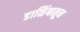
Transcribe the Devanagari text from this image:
डाळिंबातून